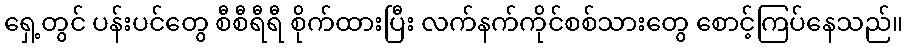
ရှေ့တွင် ပန်းပင်တွေ စီစီရီရီ စိုက်ထားပြီး လက်နက်ကိုင်စစ်သားတွေ စောင့်ကြပ်နေသည်။